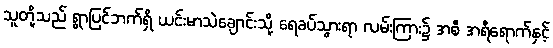
သူတို့သည် ရွာပြင်ဘက်ရှိ ယင်းမာသဲချောင်းသို့ ရေခပ်သွားရာ လမ်းကြား၌ အစီ အရီရောက်နှင့်